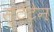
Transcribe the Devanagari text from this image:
स्टेटेन